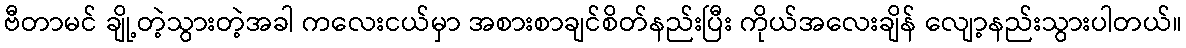
ဗီတာမင် ချို့တဲ့သွားတဲ့အခါ ကလေးငယ်မှာ အစားစာချင်စိတ်နည်းပြီး ကိုယ်အလေးချိန် လျော့နည်းသွားပါတယ်။